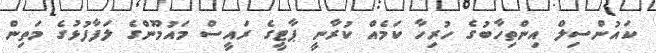
ކައުންސިލް އިންތިހާބުގެ ހުރިހާ ކަމެއް ކުރާނީ ޕާޓީގެ ރައީސް މައުމޫންގެ ލަފާފުޅުގެ މަތިން